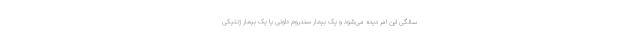
سالگی این امر دیده می‌شود و یک بیمار سندروم داونی یا یک بیمار ژنتیکی